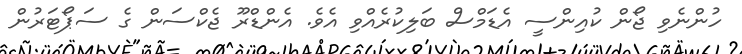
ހުންނެވި ޖޯން ކުއިންސީ އެޑަމްސް ބަލިކުރެއްވި އެވެ. އެންޑްރޫ ޖެކްސަން ގެ ސަޕޯޓަރުން